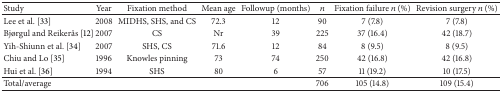
<table><thead><tr><td><b>Study</b></td><td><b>Year</b></td><td><b>Fixation method</b></td><td><b>Mean age</b></td><td><b>Followup (months)</b></td><td><b><i>n</i></b></td><td><b>Fixation failure <i>n</i> (%)</b></td><td><b>Revision surgery <i>n</i> (%)</b></td></tr></thead><tbody><tr><td>Lee et al. [33]</td><td>2008</td><td>MIDHS, SHS, and CS</td><td>72.3</td><td>12</td><td>90</td><td>7 (7.8)</td><td>7 (7.8)</td></tr><tr><td>Bjørgul and Reikerås [12]</td><td>2007</td><td>CS</td><td>Nr</td><td>39</td><td>225</td><td>37 (16.4)</td><td>42 (18.7)</td></tr><tr><td>Yih-Shiunn et al. [34]</td><td>2007</td><td>SHS, CS</td><td>71.6</td><td>12</td><td>84</td><td>8 (9.5)</td><td>8 (9.5)</td></tr><tr><td>Chiu and Lo [35]</td><td>1996</td><td>Knowles pinning</td><td>73</td><td>74</td><td>250</td><td>42 (16.8)</td><td>42 (16.8)</td></tr><tr><td>Hui et al. [36]</td><td>1994</td><td>SHS</td><td>80</td><td>6</td><td>57</td><td>11 (19.2)</td><td>10 (17.5)</td></tr><tr><td>Total/average</td><td> </td><td> </td><td> </td><td> </td><td>706</td><td>105 (14.8)</td><td>109 (15.4)</td></tr></tbody></table>